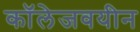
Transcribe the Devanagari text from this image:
कॉलेजवयीन